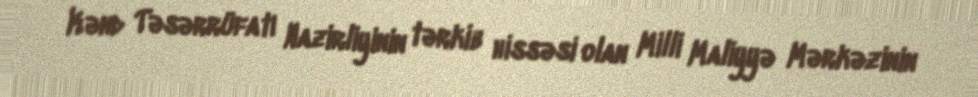
Kənd Təsərrüfatı Nazirliyinin tərkib hissəsi olan Milli Maliyyə Mərkəzinin